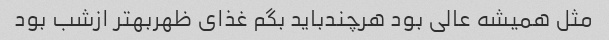
مثل همیشه عالی بود هرچندباید بگم غذای ظهربهتر ازشب بود